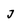
Character: j